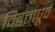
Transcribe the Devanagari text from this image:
विद्वत्तापूर्व